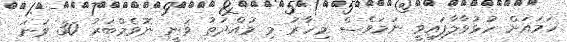
ހަމައަށް ހުޅުވާލާފައިވީ ނަމަވެސް މިހާރު މި މުއްދަތު ވަނީ ނޮވެމްބަރު 30 ވަނަ